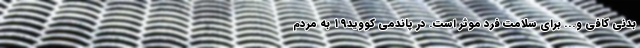
بدنی کافی و... برای سلامت فرد موثر است. در پاندمی کووید۱۹ به مردم